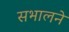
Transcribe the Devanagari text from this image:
सभालने